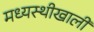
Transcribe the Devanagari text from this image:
मध्यस्थीखाली